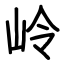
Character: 岭